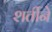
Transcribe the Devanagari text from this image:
शर्तीने